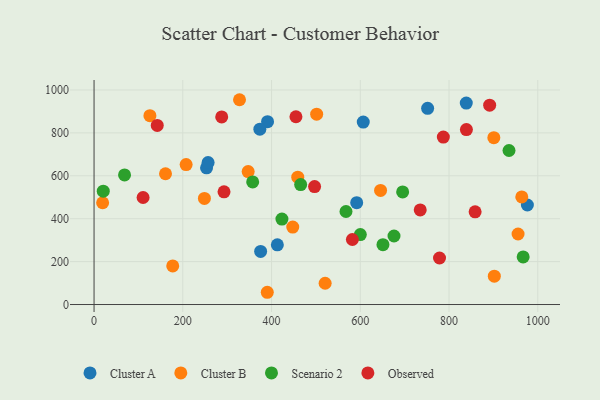
{"axis": {"x": "Engine Size", "y": "Demand"}, "legend": ["Cluster A", "Cluster B", "Observed", "Scenario 2"], "data": [{"x": "413.1", "y": 278.4, "type": "Cluster A"}, {"x": "591.9", "y": 474.8, "type": "Cluster A"}, {"x": "606.7", "y": 850.3, "type": "Cluster A"}, {"x": "976.6", "y": 463.9, "type": "Cluster A"}, {"x": "838.9", "y": 939.2, "type": "Cluster A"}, {"x": "751.8", "y": 914.6, "type": "Cluster A"}, {"x": "253.5", "y": 637.4, "type": "Cluster A"}, {"x": "257.0", "y": 661.5, "type": "Cluster A"}, {"x": "375.4", "y": 247.4, "type": "Cluster A"}, {"x": "391.0", "y": 852.2, "type": "Cluster A"}, {"x": "373.7", "y": 817.1, "type": "Cluster A"}, {"x": "390.4", "y": 57.1, "type": "Cluster B"}, {"x": "327.8", "y": 954.6, "type": "Cluster B"}, {"x": "161.0", "y": 609.6, "type": "Cluster B"}, {"x": "19.3", "y": 474.5, "type": "Cluster B"}, {"x": "955.6", "y": 328.7, "type": "Cluster B"}, {"x": "447.8", "y": 360.9, "type": "Cluster B"}, {"x": "902.1", "y": 132.2, "type": "Cluster B"}, {"x": "964.0", "y": 501.7, "type": "Cluster B"}, {"x": "347.3", "y": 619.7, "type": "Cluster B"}, {"x": "645.7", "y": 531.8, "type": "Cluster B"}, {"x": "501.7", "y": 887.4, "type": "Cluster B"}, {"x": "177.3", "y": 179.9, "type": "Cluster B"}, {"x": "125.9", "y": 880.4, "type": "Cluster B"}, {"x": "207.5", "y": 652.4, "type": "Cluster B"}, {"x": "520.8", "y": 99.1, "type": "Cluster B"}, {"x": "901.0", "y": 777.8, "type": "Cluster B"}, {"x": "248.7", "y": 494.6, "type": "Cluster B"}, {"x": "459.1", "y": 593.6, "type": "Cluster B"}, {"x": "357.5", "y": 571.6, "type": "Scenario 2"}, {"x": "695.5", "y": 524.9, "type": "Scenario 2"}, {"x": "567.8", "y": 433.7, "type": "Scenario 2"}, {"x": "651.1", "y": 279.0, "type": "Scenario 2"}, {"x": "465.6", "y": 559.2, "type": "Scenario 2"}, {"x": "600.1", "y": 326.2, "type": "Scenario 2"}, {"x": "20.7", "y": 528.5, "type": "Scenario 2"}, {"x": "423.4", "y": 398.3, "type": "Scenario 2"}, {"x": "967.1", "y": 222.0, "type": "Scenario 2"}, {"x": "935.2", "y": 718.0, "type": "Scenario 2"}, {"x": "676.0", "y": 319.4, "type": "Scenario 2"}, {"x": "68.7", "y": 604.3, "type": "Scenario 2"}, {"x": "287.7", "y": 874.3, "type": "Observed"}, {"x": "858.8", "y": 432.3, "type": "Observed"}, {"x": "839.2", "y": 815.4, "type": "Observed"}, {"x": "735.1", "y": 441.1, "type": "Observed"}, {"x": "891.6", "y": 929.1, "type": "Observed"}, {"x": "497.0", "y": 549.7, "type": "Observed"}, {"x": "455.0", "y": 875.2, "type": "Observed"}, {"x": "110.5", "y": 498.8, "type": "Observed"}, {"x": "142.4", "y": 834.6, "type": "Observed"}, {"x": "787.2", "y": 780.6, "type": "Observed"}, {"x": "292.9", "y": 525.3, "type": "Observed"}, {"x": "582.2", "y": 303.2, "type": "Observed"}, {"x": "778.6", "y": 216.9, "type": "Observed"}]}